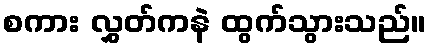
စကား လွှတ်ကနဲ ထွက်သွားသည်။